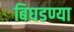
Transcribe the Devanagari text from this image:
बिघडण्या